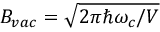
B _ { v a c } = \sqrt { 2 \pi \hbar \omega _ { c } / V }